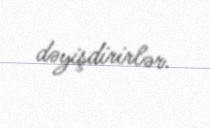
dəyişdirirlər.